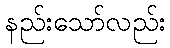
နည်းသော်လည်း